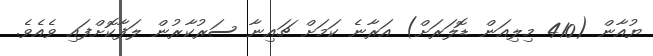
ޔުއާން (410 މިލިއަން ޑޮލަރަށް) އަރާނެ ކަމަށް ޗައިނާ ސަރުކާރުން ލަފާކޮށްފައި ވެއެވެ.